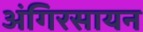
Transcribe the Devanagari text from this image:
अंगिरसायन